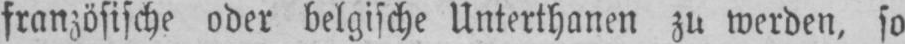
französische oder belgische Unterthanen zu werden, so